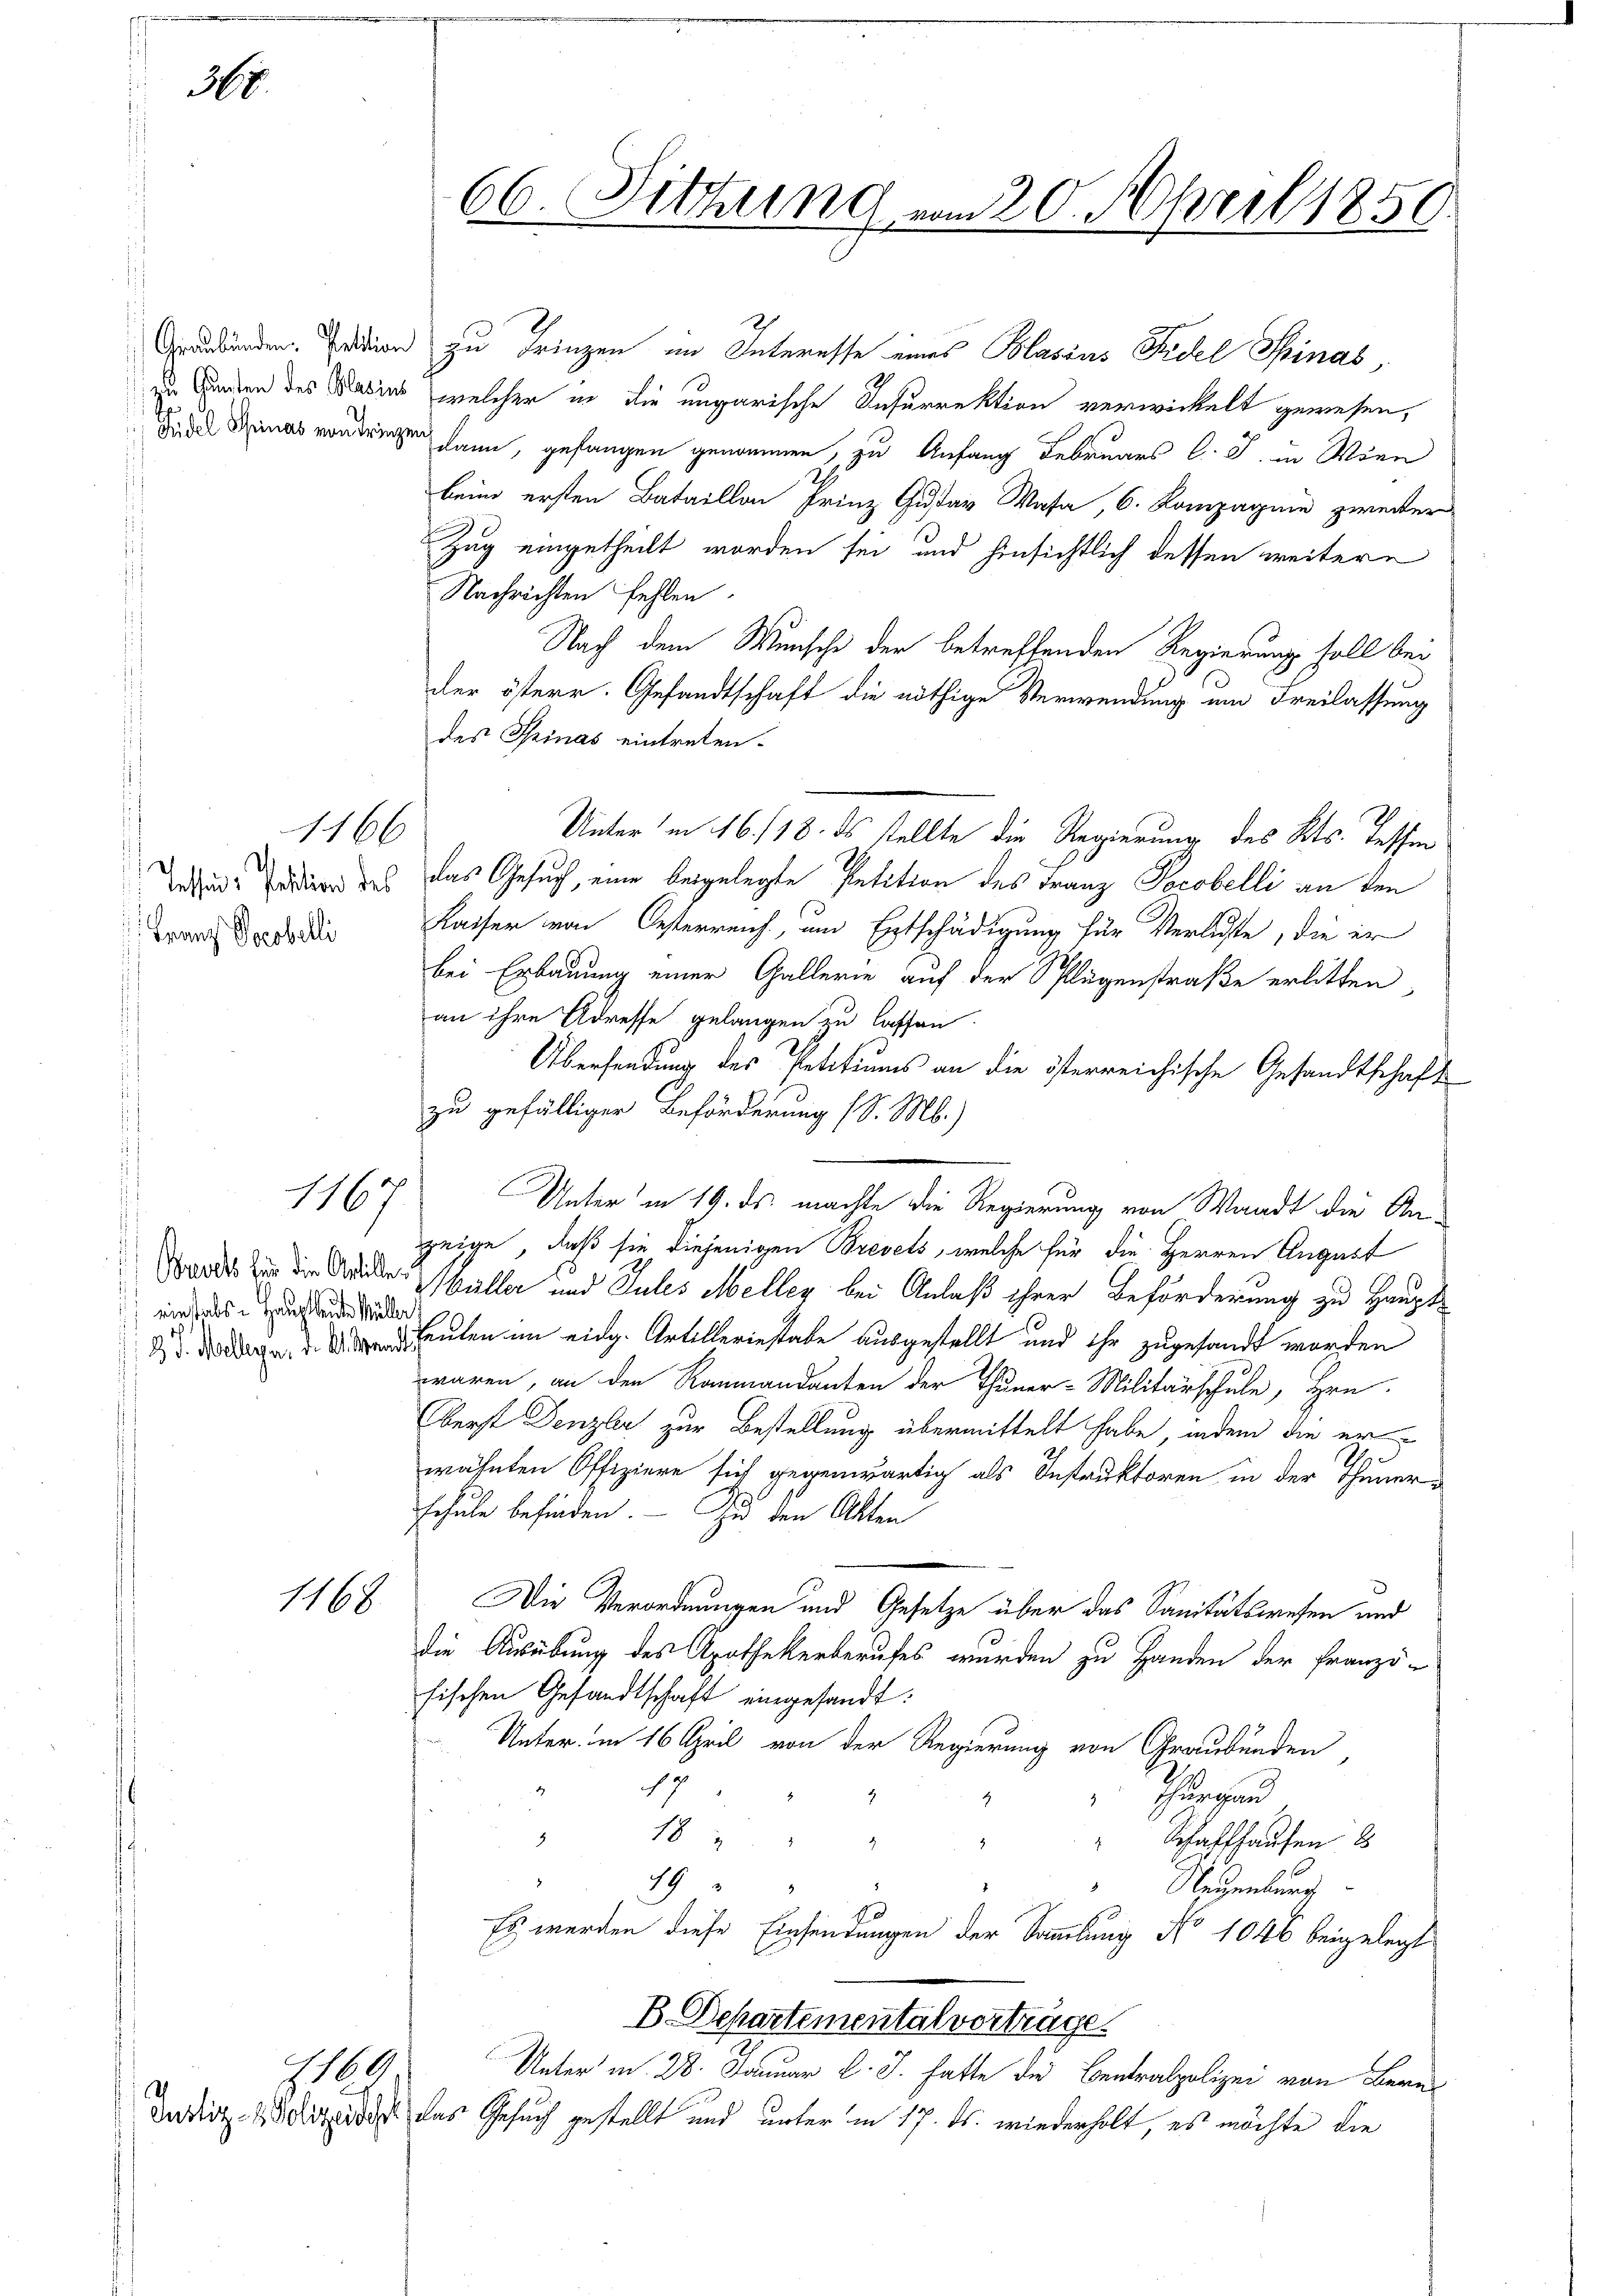
365.

Franz Socobelli

einstals Hauptleute Müller

1166

1167

1168

1169

ründen Pution zu Frinzen im Interesse eines Blasius Fidel Spinas
di Sanden des Daties, welcher in die ungarische Insurrektion verwickelt gewesen,
b Meines von dringen kann, gefangen genommen, zu Anfang Februars l. J. in Wien
beim ersten Bataillon Prinz Gustav Wasa, 6. Kompagnie zweiter
Zug eingetheilt worden sei, und hinsichtlich dessen weitere
Nachrichten fehlen.
Nach dem Wunsche der betreffenden Regierung soll bei
der österr. Gesandtschaft die nöthige Verwendung um Freilassung
des Spinas eintreten.
Unter in 16./18. ds stellte die Regierung des Kts. Tessin
Definde oder des das Gesuch, eine beigelegte Petition des Franz Pocobelli an den
Kaiser von Oesterreich, um Entschädigung für Verluste, die er
bei Erbauung einer Gallerie auf der Splügenstraße erlitten,
an ihre Adresse gelangen zu lassen.
Übersendung des Petitiums an die österreichische Gesandtschaft
zu gefälliger Beförderung (S. M.)
Unter in 19. ds. machte die Regierung von Waadt die Anzeige, daß sie diejenigen Brevets, welche für die Herren August
Bordes in die Bruder Müller und Jules Meller bei Anlaß ihrer Beförderung zu Hauptd. Wege heuten im eidg. Artilleriestabe ausgestellt und ihr zugesandt worden
waren, an den Raumandanten der Thuner-Militärschule, Hrn.
Oberst Denzlei zur Bestellung übermittelt habe, indem die er
wähnten Offiziere sich gegenwärtig als Instruktoren in der Theuerschule befinden. — Zu den Akten
Die Verordnungen und Gesetze über das Sanitätswesen und
die Ausübung des Apothekerberufes wurden zu Handen der Franzö-
sischen Gesandtschaft eingesandt.
Unter. in 16 April von der Regierung von Graubünden
17
4
Thurgau
.
182
" Schaffhausen
d
49
Regenburg
Es werden diese Einsendungen der Sammlung No 1046 beigelegt
B. Departementalverträge.
Unterm 28. Januar l. J. hatte die Bentralpolizei von Bern
Dadirt ist das Gesuch gestellt und unter in 17. ds. wiederholt, es möchte die

66. Fittung vom 20. April 1850.